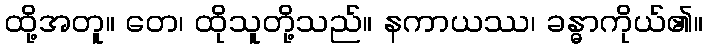
ထို့အတူ။ တေ၊ ထိုသူတို့သည်။ နကာယဿ၊ ခန္ဓာကိုယ်၏။